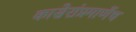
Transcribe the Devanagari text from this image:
कासेरांप्रमाणेंच